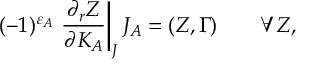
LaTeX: ( - 1 ) ^ { \varepsilon _ { A } } \left. { \frac { \partial _ { r } Z } { \partial K _ { A } } } \right| _ { J } J _ { A } = ( Z , \Gamma ) \quad \quad \forall Z ,